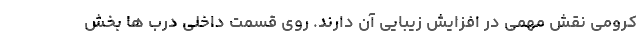
کرومی نقش مهمی در افزایش زیبایی آن دارند. روی قسمت داخلی درب ها بخش